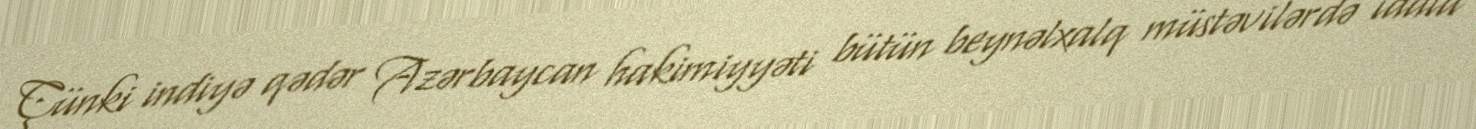
Çünki indiyə qədər Azərbaycan hakimiyyəti bütün beynəlxalq müstəvilərdə iddia